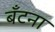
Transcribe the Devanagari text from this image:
बँटना